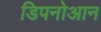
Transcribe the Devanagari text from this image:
डिपनोआन